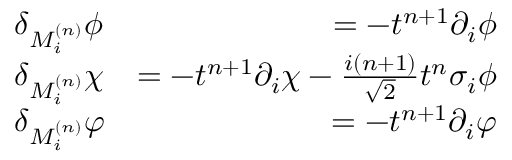
\begin{array} { r l r } & { \delta _ { M _ { i } ^ { ( n ) } } \phi } & { = - t ^ { n + 1 } \partial _ { i } \phi } \\ & { \delta _ { M _ { i } ^ { ( n ) } } \chi } & { = - t ^ { n + 1 } \partial _ { i } \chi - \frac { i ( n + 1 ) } { \sqrt { 2 } } t ^ { n } \sigma _ { i } \phi } \\ & { \delta _ { M _ { i } ^ { ( n ) } } \varphi } & { = - t ^ { n + 1 } \partial _ { i } \varphi } \end{array}